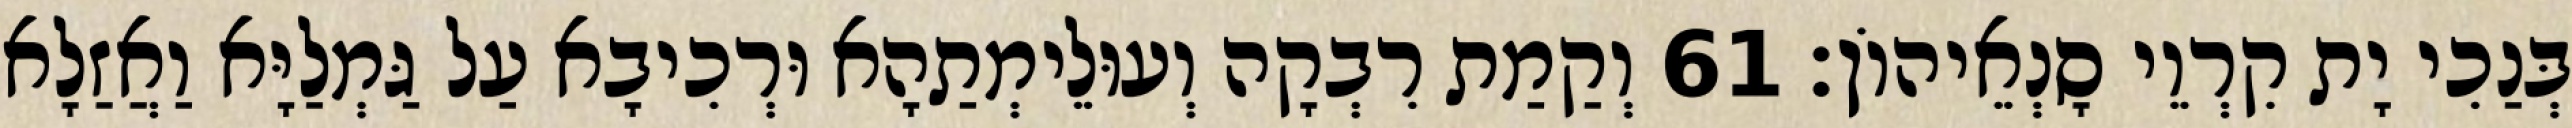
בְּנַכִי יָת קִרְוֵי סָנְאֵיהוֹן׃ 61 וְקַמַת רִבְקָה וְעוּלֵימְתַהָא וּרְכִיבָא עַל גַּמְלַיָּא וַאֲזַלָא